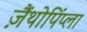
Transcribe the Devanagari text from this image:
ज़ैंथोपिंप्ला